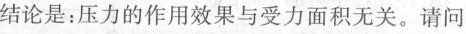
结论是：压力的作用效果与受力面积无关。请问